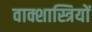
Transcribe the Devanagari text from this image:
वाक्शास्त्रियों